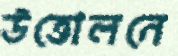
উত্তোলনে